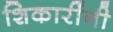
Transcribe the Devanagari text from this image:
शिकारींनी